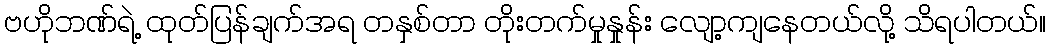
ဗဟိုဘဏ်ရဲ့ ထုတ်ပြန်ချက်အရ တနှစ်တာ တိုးတက်မှုနှုန်း လျော့ကျနေတယ်လို့ သိရပါတယ်။